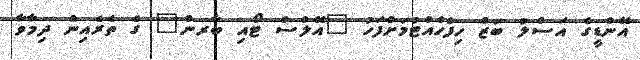
އޭންޑީގެ އަސްލު ބަޒް ހިފެހެއްޓުމަށްފަހު "އޭލްސް ޓޯއި ބާރން" ގެ ތެރެއިން ދިމާވާ